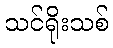
သင်ရိုးသစ်